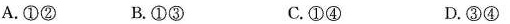
A.①② B.①③ C.①④ D.③④